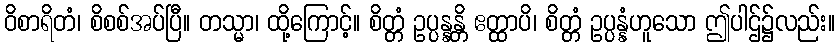
ဝိစာရိတံ၊ စိစစ်အပ်ပြီ။ တသ္မာ၊ ထို့ကြောင့်။ စိတ္တံ ဥပ္ပန္နန္တိ ဧတ္ထာပိ၊ စိတ္တံ ဥပ္ပန္နံဟူသော ဤပါဌ်၌လည်း။